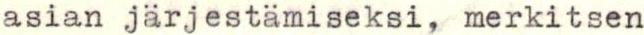
asian järjestämiseksi, merkitsen